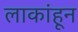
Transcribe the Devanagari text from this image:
लाकांहून